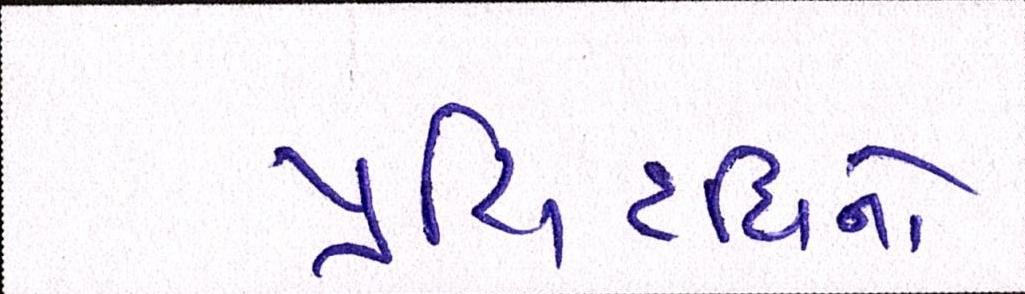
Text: પ્રસિદ્ધિનો